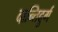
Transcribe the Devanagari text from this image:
दान्तिदुर्ग